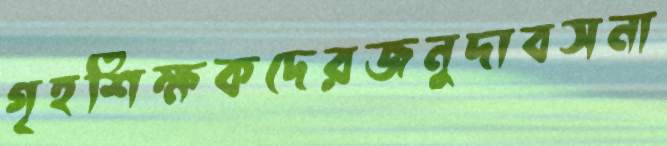
গৃহশিক্ষকদেরজনুদাবসনা